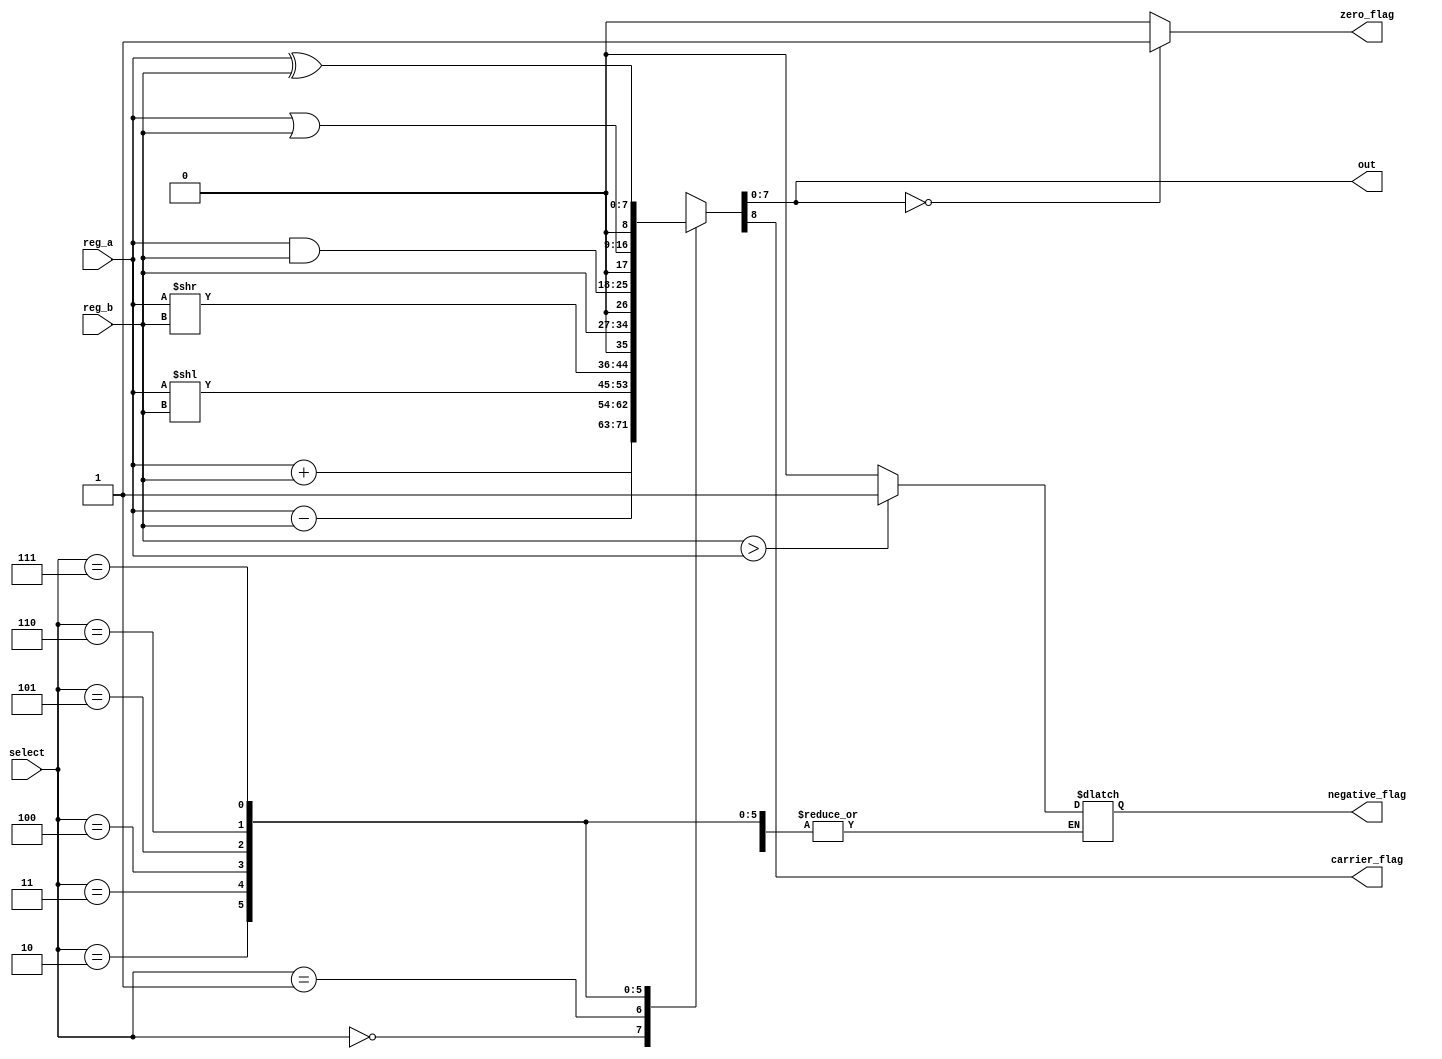
module alu #(parameter DATA_WIDTH = 8,
             parameter SELECT_WIDTH = 3)
            (reg_a,
             reg_b,
             select,
             out,
             zero_flag,
             carrier_flag,
             negative_flag);
    input [DATA_WIDTH - 1:0] reg_a, reg_b;
    input [SELECT_WIDTH - 1:0] select;
    
    output reg [DATA_WIDTH - 1:0] out;
    output reg zero_flag, carrier_flag, negative_flag;
    
    initial begin
        out           = {DATA_WIDTH{1'b0}};
        zero_flag     = 1'b0;
        carrier_flag  = 1'b0;
        negative_flag = 1'b0;
    end
    
    always @(*) begin
        case (select)
            3'b000: {carrier_flag, out} = reg_a + reg_b;    // ADD
            3'b001: begin                                   // SUB
                {carrier_flag, out} = reg_a - reg_b;
                if (reg_b > reg_a)
                    negative_flag = 1'b1;
                else
                    negative_flag = 1'b0;
            end
            3'b010: {carrier_flag, out} = reg_a << reg_b; // MUL2
            3'b011: {carrier_flag, out} = reg_a >> reg_b; // DIV2
            3'b100: {carrier_flag, out} = reg_b;          // MOV
            3'b101: {carrier_flag, out} = reg_a & reg_b;  // AND
            3'b110: {carrier_flag, out} = reg_a | reg_b;  // OR
            3'b111: {carrier_flag, out} = reg_a ^ reg_b;  // XOR
        endcase
    end
    
    always @(out) begin
        if (out == 0)
            zero_flag = 1'b1;
        else
            zero_flag = 1'b0;
    end
endmodule